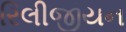
રિલીજીયન